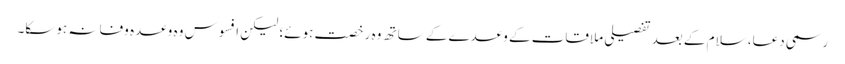
رسمی دعا، سلام کے بعد تفصیلی ملاقات کے وعدے کے ساتھ وہ رخصت ہوئے؛ لیکن افسوس وہ وعدہ وفا نہ ہوسکا۔